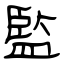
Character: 監